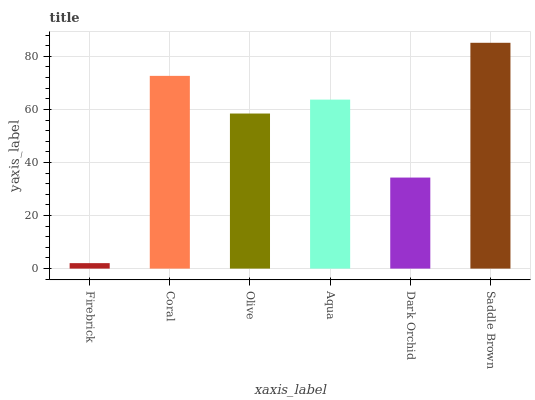
| xaxis_label | bars |
 | --- | --- |
 | Firebrick | 2.06 |
 | Coral | 72.6 |
 | Olive | 58.4 |
 | Aqua | 63.7 |
 | Dark Orchid | 34.3 |
 | Saddle Brown | 85.1 |